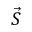
\vec { S }